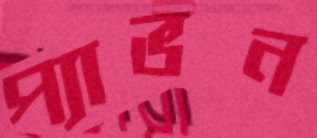
প্যাভন